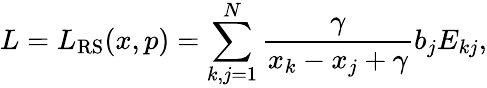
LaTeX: L=L_{\mathrm{RS}}(x,p)=\sum_{k,j=1}^{N}\frac{\gamma}{x_{k}-x_{j}+\gamma}b_{j}E_{kj},